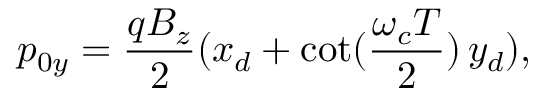
p _ { 0 y } = \frac { q B _ { z } } { 2 } ( x _ { d } + \cot ( \frac { \omega _ { c } T } { 2 } ) \, y _ { d } ) ,